Civil Veterinary Dept. North-West Frontier Province 1923-32 - 1923-1932
Year: 1923
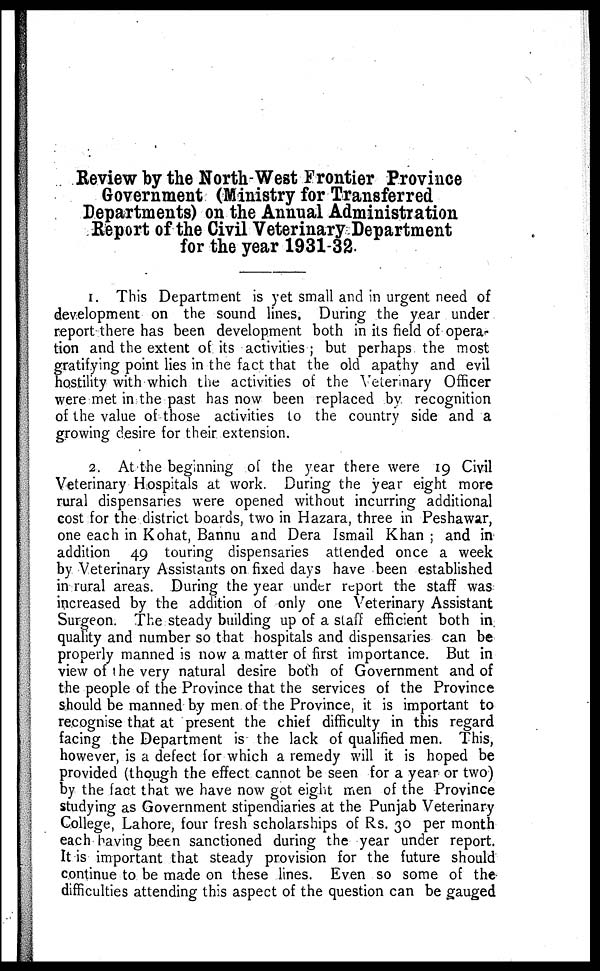
Review by the North-West Frontier Province
Government (Ministry for Transferred
Departments) on the Annual Administration
Report of the Civil Veterinary Department
for the year 1931-32.
1. This Department is yet small and in urgent need of
development on the sound lines. During the year under
report there has been development both in its field of opera-
tion and the extent of its activities ; but perhaps the most
gratifying point lies in the fact that the old apathy and evil
hostility with which the activities of the Veterinary Officer
were met in the past has now been replaced by recognition
of the value of those activities to the country side and a
growing desire for their extension.
2. At the beginning of the year there were 19 Civil
Veterinary Hospitals at work. During the year eight more
rural dispensaries were opened without incurring additional
cost for the district boards, two in Hazara, three in Peshawar,
one each in Kohat, Bannu and Dera Ismail Khan ; and in
addition 49 touring dispensaries attended once a week
by Veterinary Assistants on fixed days have been established
in rural areas. During the year under report the staff was
increased by the addition of only one Veterinary Assistant
Surgeon. The steady building up of a staff efficient both in.
quality and number so that hospitals and dispensaries can be
properly manned is now a matter of first importance. But in
view of the very natural desire both of Government and of
the people of the Province that the services of the Province
should be manned by men of the Province, it is important to
recognise that at present the chief difficulty in this regard
facing the Department is the lack of qualified men. This,
however, is a defect for which a remedy will it is hoped be
provided (though the effect cannot be seen for a year or two)
by the fact that we have now got eight men of the Province
studying as Government stipendiaries at the Punjab Veterinary
College, Lahore, four fresh scholarships of Rs. 30 per month
each having been sanctioned during the year under report.
It is important that steady provision for the future should
continue to be made on these lines. Even so some of the
difficulties attending this aspect of the question can be gauged